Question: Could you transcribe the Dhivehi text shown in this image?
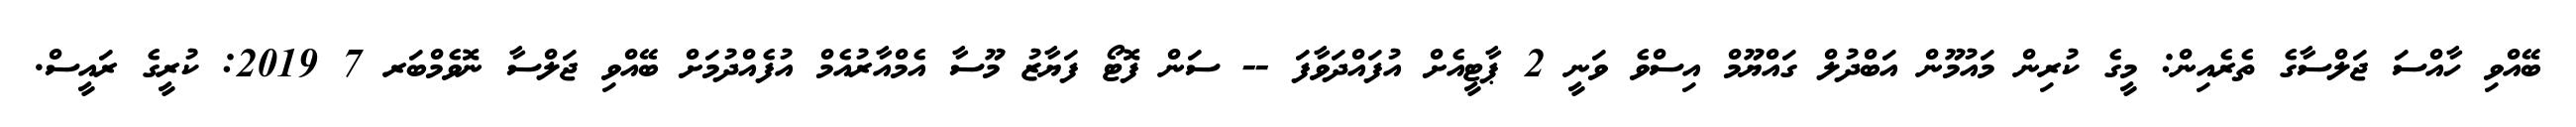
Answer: ބޭއްވި ހާއްސަ ޖަލްސާގެ ތެރެއިން: މީގެ ކުރިން މައުމޫން އަބްދުލް ގައްޔޫމް އިސްވެ ވަނީ 2 ޕާޓީއެށް އުފައްދަވާފަ -- ސަން ފޮޓޯ ފަޔާޒު މޫސާ އެމްއާރުއެމް އުފެއްދުމަށް ބޭއްވި ޖަލްސާ ނޮވެމްބަރ 7 2019: ކުރީގެ ރައީސް.